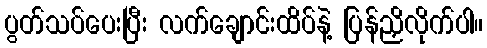
ပွတ်သပ်ပေးပြီး လက်ချောင်းထိပ်နဲ့ ပြန်ညှိလိုက်ပါ။